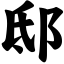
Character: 邸